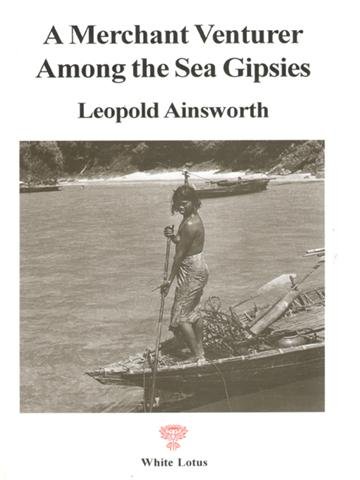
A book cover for A Merchant Venturer Among the Sea Gipsies: Being a Pioneer's Account of Life on an Island in the Mergui Archipelago; Leopold Ainsworth; Travel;